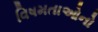
વિષમતાઓનો